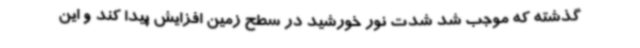
گذشته که موجب شد شدت نور خورشید در سطح زمین افزایش پیدا کند و این